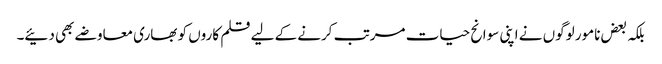
بلکہ بعض نامور لوگوں نے اپنی سوانح حیات مرتب کرنے کے لیے قلم کاروں کو بھاری معاوضے بھی دئیے۔